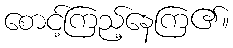
စောင့်ကြည့်နေကြ၏။